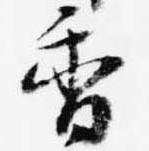
香